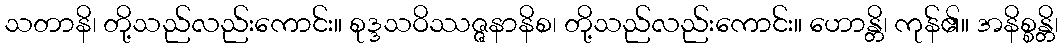
သတာနိ၊ တို့သည်လည်းကောင်း။ စုဒ္ဒသဝိဿဇ္ဇနာနိစ၊ တို့သည်လည်းကောင်း။ ဟောန္တိ၊ ကုန်၏။ အနိစ္စန္တိ၊